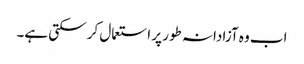
اب وہ آزادانہ طور پر استعمال کر سکتی ہے۔